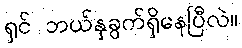
ရှင် ဘယ်နှခွက်ရှိနေပြီလဲ။